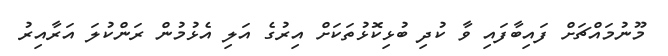
މޫނުމައްޗަށް ފައިބާފައި ވާ ކުދި ބުޅިކޮޅުތަކަށް އިރުގެ އަލި އެޅުމުން ރަންކުލަ އަރާއިރު